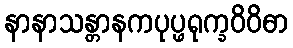
နာနာသန္တာနကပုပ္ဖရုက္ခဝိဝိဓာ